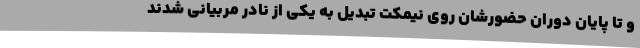
و تا پایان دوران حضورشان روی نیمکت تبدیل به یکی از نادر مربیانی شدند